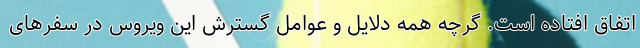
اتفاق افتاده است. گرچه همه دلایل و عوامل گسترش این ویروس در سفرهای